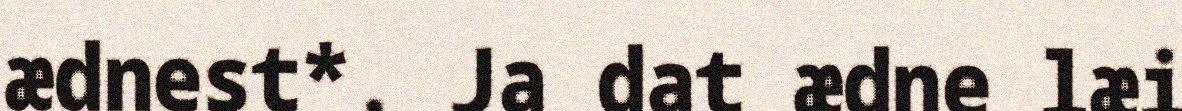
ædnest*. Ja dat ædne læi